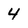
Character: 4